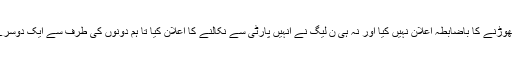
تاہم چوہدری نثار نے ابھی تک ن لیگ چھوڑنے کا باضابطہ اعلان نہیں کیا اور نہ ہی ن لیگ نے انہیں پارٹی سے نکالنے کا اعلان کیا تا ہم دونوں کی طرف سے ایک دوسرے پر الزامات لگانے کا سلسلہ جاری ہے۔